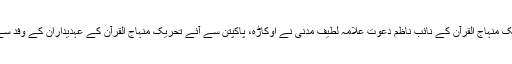
ان خیالات کا اظہار تحریک منہاج القرآن کے نائب ناظم دعوت علامہ لطیف مدنی نے اوکاڑہ، پاکپتن سے آئے تحریک منہاج القرآن کے عہدیداران کے وفد سے گفتگو کرتے ہوئے کیا۔